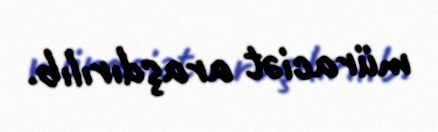
müraciət araşdırılıb.